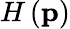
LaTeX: H\left(\mathbf{p}\right)